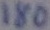
Text: 180